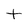
Character: t